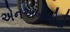
એનએબીબીએ